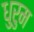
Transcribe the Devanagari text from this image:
धुरुम